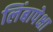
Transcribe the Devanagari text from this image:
लिंबापेक्षा